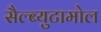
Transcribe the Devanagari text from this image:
सैल्ब्युटामोल